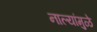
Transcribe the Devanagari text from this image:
नाल्यांमुळे